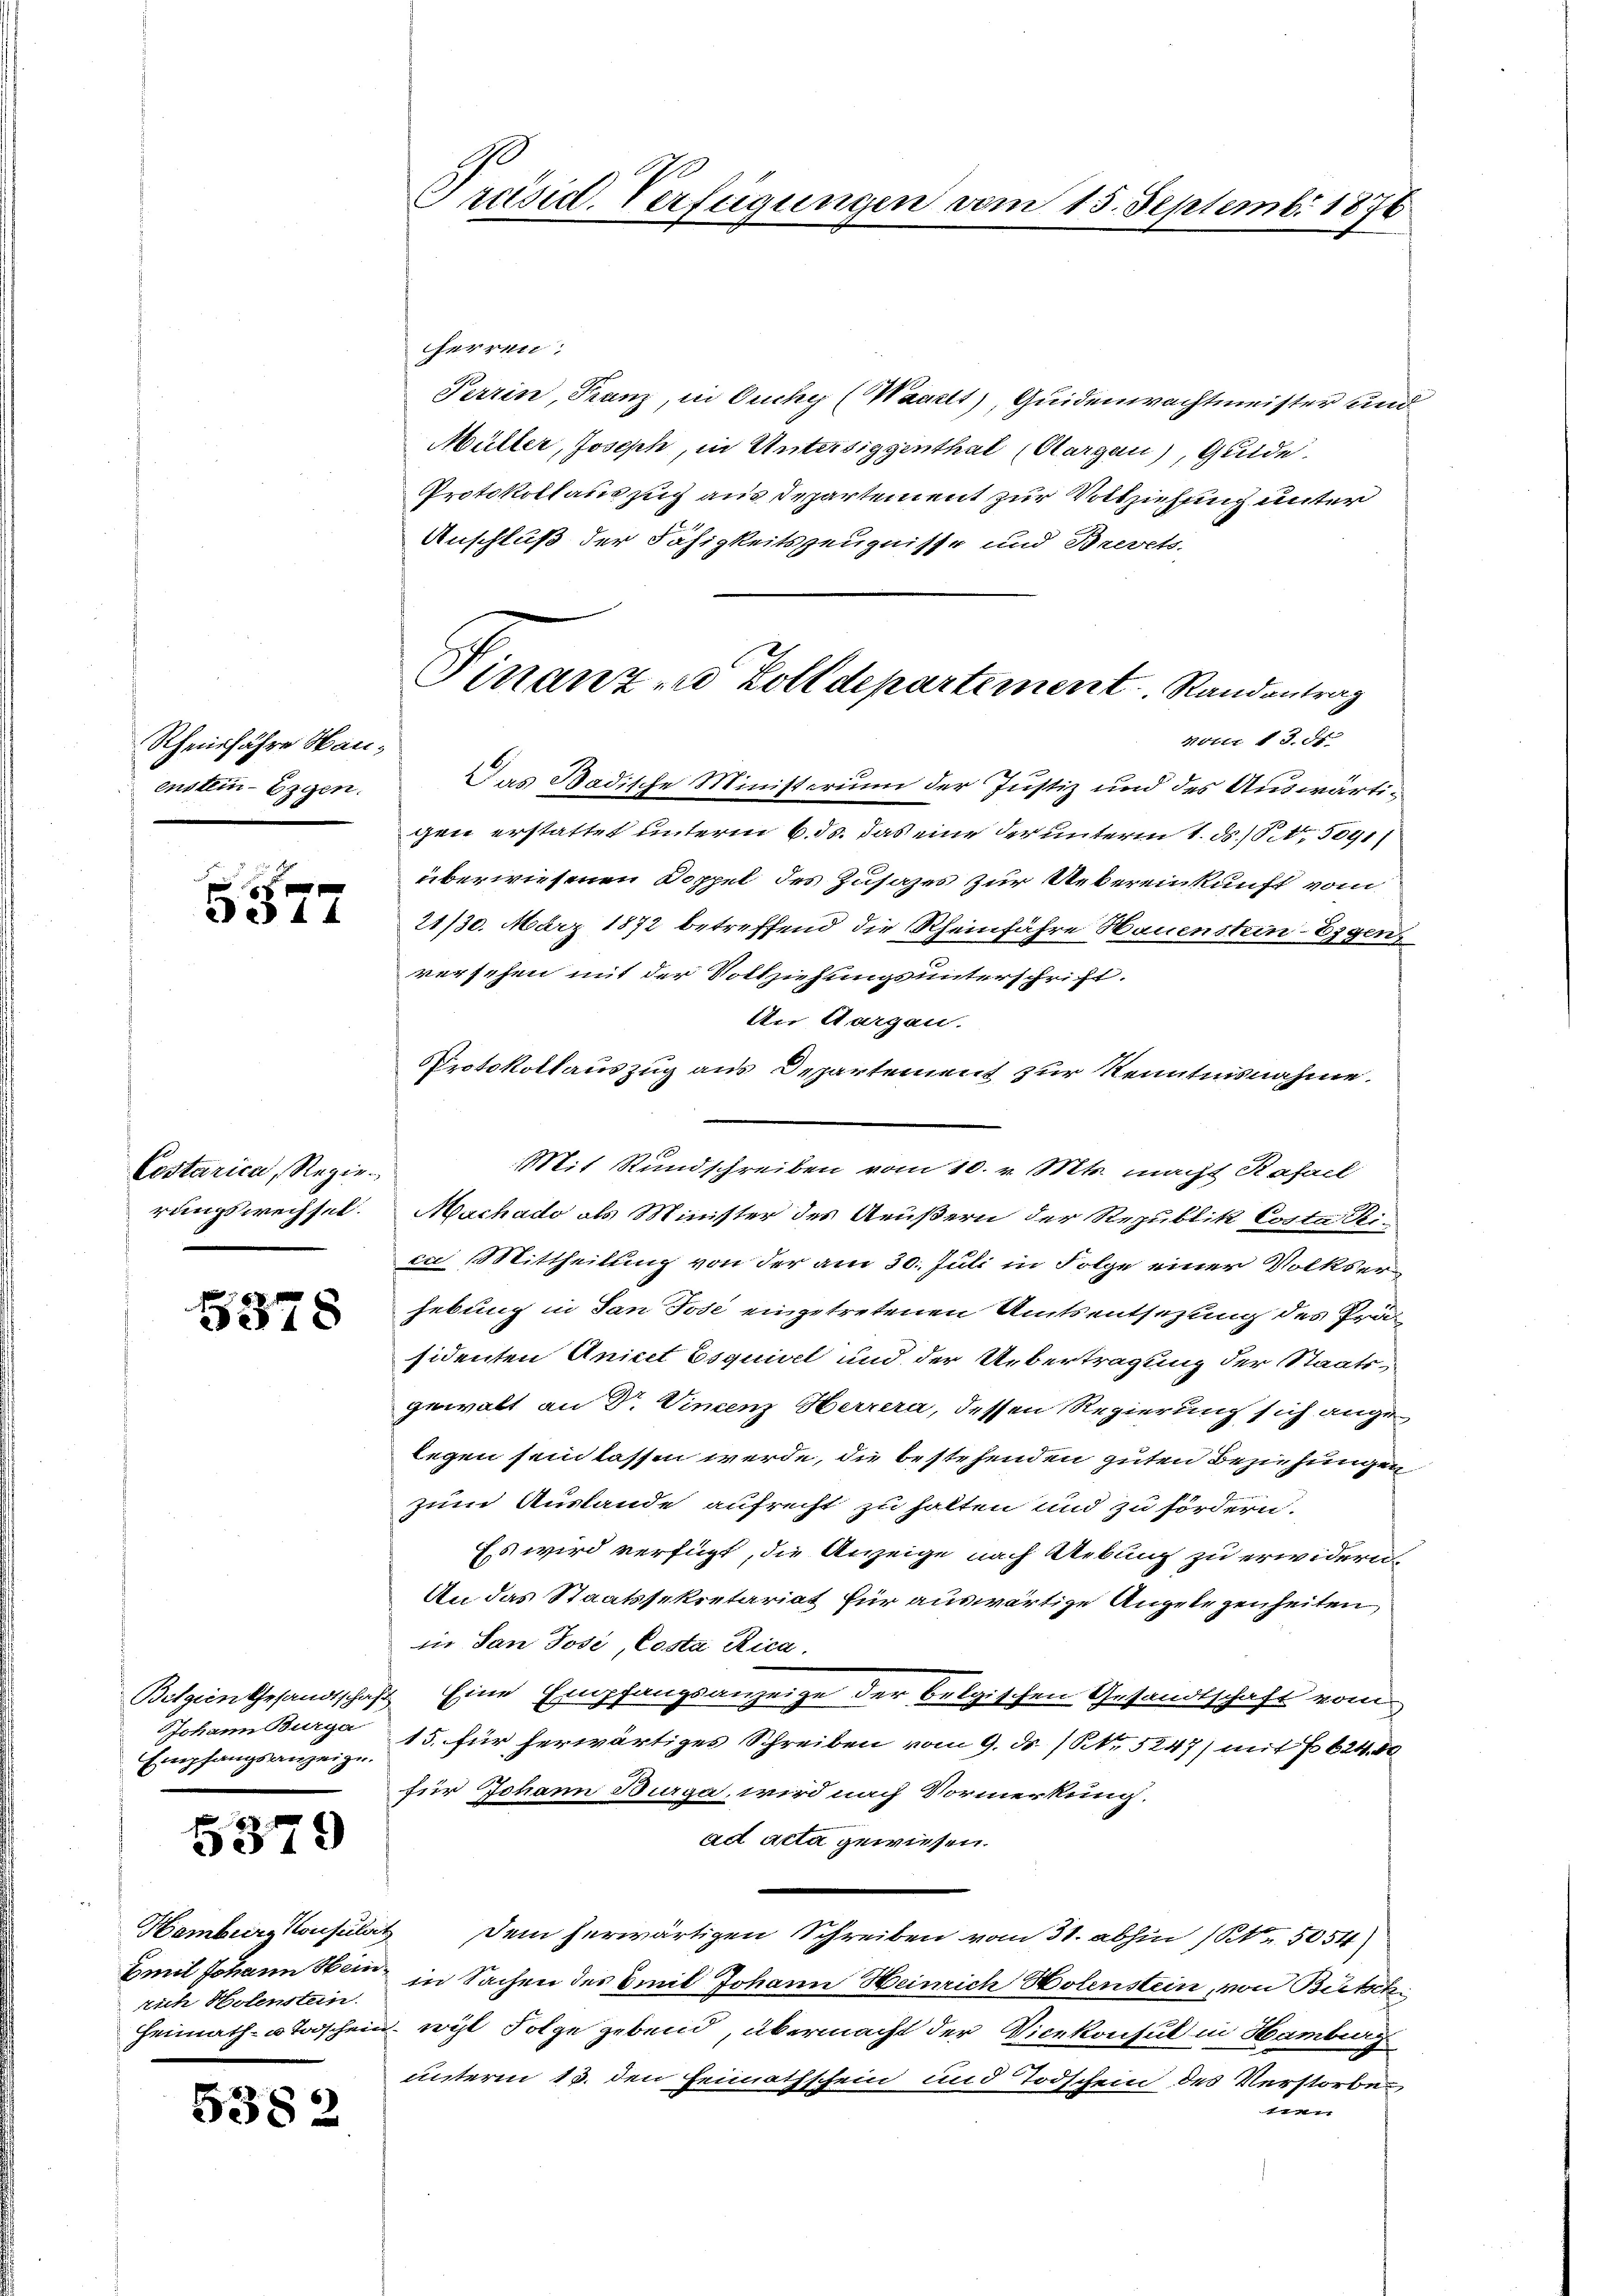
Rheinfahre Hauenstein Eigen.

5577

Costarica, Regierungswechsel.

5378

Belgien Gesandtschaf
Johann Burga
Empfangsanzeige.

5379

rich Holenstein.

53.

2

räsid. Verfügungen vom 15. Septemb. 1876

herren:
Perrin, Franz, in Ouchy (Waaelt), Quidenwachtmeister und
Müller, Joseph, in Untersiggenthal (Aargau), Guide
Protokollauszug aus Departement zur Vollziehung unter
Anschluß der Fähigkeitszeugnisse und Brevets-
Noter 18. d.
Das Badische Ministerium der Justiz und des Auswärtigen erstattet unterm 6. ds. das eine der unterm 1. d. 10,5091)
überwiesenen Doppel des Zusages zur Uebereinkunft vom
21/30. März 1872 betreffend die Rheinfahre Hauenstein Eigen
versehen mit der Vollziehungsunterschrift.
Un Aargau.
Protokollauszug aus Departement zur Kenntnisnahme.
Mit Stundschreiben vom 10. v. Mts. macht Kasall
Machado als Minister des Aeußern der Republik Costa Rica (Mittheilung von der am 30. Juli in Folge einer Volkserhebung in San Jose eingetretenen Amtsentsetzung des Präsidenten Anicet Esquisel und der Uebertragung der Staatsgewalt an Dr. Vincenz Herrera, dessen Regierung sich angelegen sein lassen werde, die bestehenden guten Beziehungen
zum Auslande aufrecht zu halten und zu fördern.
Es wird verfügt, die Anzeige nach Uebung zu erwidern
An das Staatssekretariat für auswärtige Angelegenheiten,
in San Josi, Costa Rica.
Eine Empfangsanzeige der belgischen Gesandtschaft vom
15. für herwärtiges Schreiben vom 9. ds. (N. 5247) mit No 624. 80
für Johann Burga, wird nach Vormerkung.
ad acta gewiesen.
Hamburg konsulat dem herwärtigen Schreiben vom 31. abhin (S. 5054
Emil Johann sein, in Sachen des Emil Johann Heinrich Holenstein, von Bütsch
Heimath- u Todschein, wohl Folge gebend, übermacht der Vicekonsul in Hamburg
unterm 13. den Heimathschein und Todschein des Verstorben
t

Finanze Zolldepartement. Randantrag